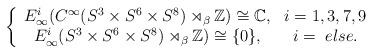
LaTeX: \begin{align*}\left\{\begin{array}{cc}E_\infty^i(C^{\infty}(S^3 \times S^{6} \times S^{8}) \rtimes_\beta \mathbb{Z})\cong \mathbb{C}, & i= 1,3,7,9\\E_\infty^i(S^3 \times S^{6} \times S^{8}) \rtimes_\beta \mathbb{Z})\cong \{0\},& i=\ else .\end{array}\right.\end{align*}